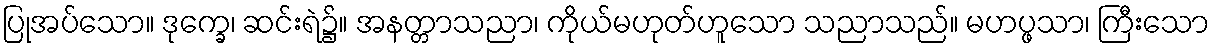
ပြုအပ်သော။ ဒုက္ခေ၊ ဆင်းရဲ၌။ အနတ္တာသညာ၊ ကိုယ်မဟုတ်ဟူသော သညာသည်။ မဟပ္ဖသာ၊ ကြီးသော